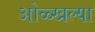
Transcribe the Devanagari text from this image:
ओळ्खल्या